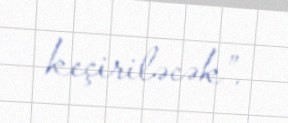
keçiriləcək”.